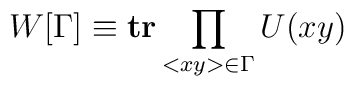
W[\Gamma]\equiv {\rm\bf tr}\prod_{<xy>\in\Gamma} U(xy)